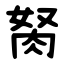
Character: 胬